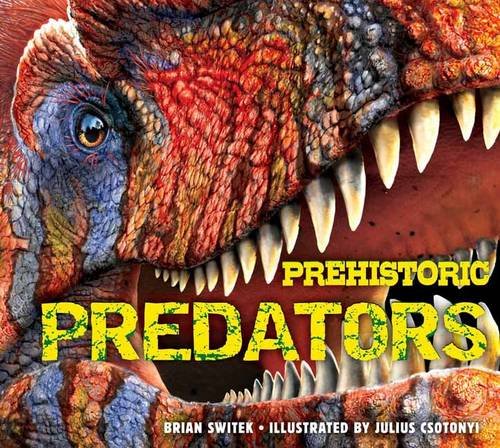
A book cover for Prehistoric Predators; Brian Switek; Children's Books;